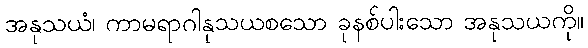
အနုသယံ၊ ကာမရာဂါနုသယစသော ခုနစ်ပါးသော အနုသယကို။